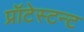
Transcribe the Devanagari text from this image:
प्रॉटेस्टन्ट